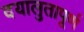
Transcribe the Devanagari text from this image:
दयालुतापूर्ण